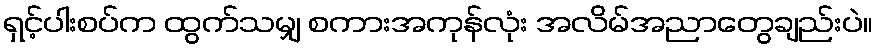
ရှင့်ပါးစပ်က ထွက်သမျှ စကားအကုန်လုံး အလိမ်အညာတွေချည်းပဲ။